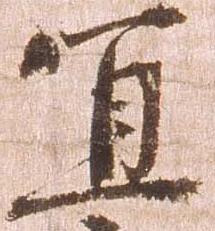
宜